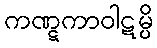
ကဏ္ဋကာဝါဋမ္ပိ